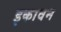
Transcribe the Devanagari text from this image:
इकावन